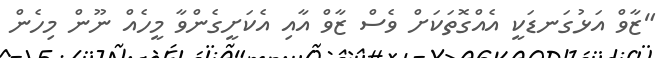
"ޒާވް އަޅުގަނޑަކީ އެއްގޮތަކަށް ވެސް ޒާވް އާއި އެކަށީގެންވާ މީހެއް ނޫން މިހެން